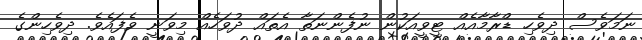
ނަމަވެސް ދިވެހި ޑްރާމާއެއް ޓީވީއަކުން ނުފެންނަތާ އެތައް ދުވަހެއް މިވަނީ ވެފައެވެ. ދިވެހިންގެ